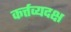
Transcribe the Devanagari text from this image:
कर्त्तव्यदक्ष